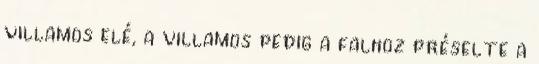
villamos elé, a villamos pedig a falhoz préselte a